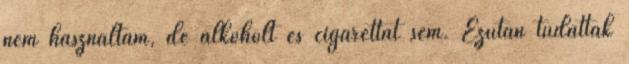
nem használtam, de alkoholt és cigarettát sem. Ezután tudatták